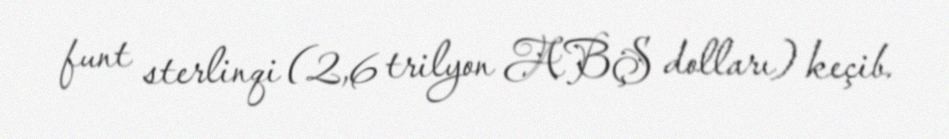
funt sterlinqi (2,6 trilyon ABŞ dolları) keçib.